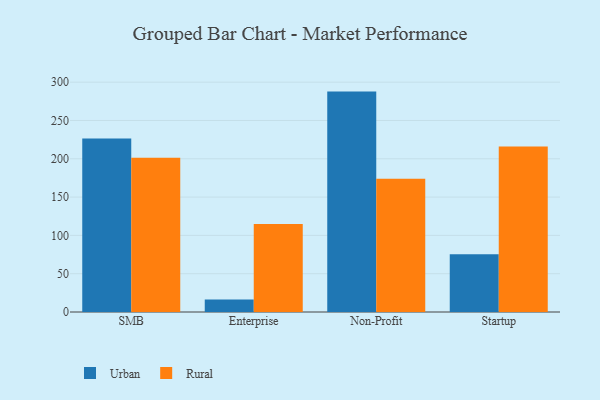
{"axis": {"x": "Segment", "y": "Energy Usage (MWh)"}, "legend": ["Rural", "Urban"], "data": [{"x": "SMB", "y": 226.4, "type": "Urban"}, {"x": "SMB", "y": 201.4, "type": "Rural"}, {"x": "Enterprise", "y": 16.3, "type": "Urban"}, {"x": "Enterprise", "y": 114.9, "type": "Rural"}, {"x": "Non-Profit", "y": 287.7, "type": "Urban"}, {"x": "Non-Profit", "y": 173.9, "type": "Rural"}, {"x": "Startup", "y": 75.3, "type": "Urban"}, {"x": "Startup", "y": 216.1, "type": "Rural"}]}